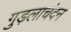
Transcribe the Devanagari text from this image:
गुड़लाचंदन